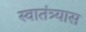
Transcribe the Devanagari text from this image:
स्वातंत्र्यास